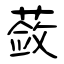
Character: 蔹